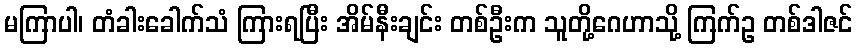
မကြာပါ၊ တံခါးခေါက်သံ ကြားရပြီး အိမ်နီးချင်း တစ်ဦးက သူတို့ဂေဟာသို့ ကြက်ဥ တစ်ဒါဇင်